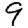
Digit: 9